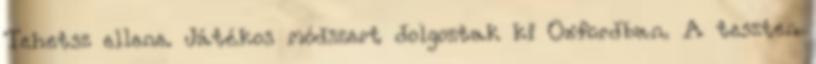
Tehetsz ellene. Játékos módszert dolgoztak ki Oxfordban. A teszten